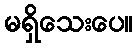
မရှိသေးပေ။